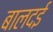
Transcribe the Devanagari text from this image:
बालदई